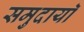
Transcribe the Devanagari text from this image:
समुदायॉ